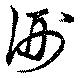
侀